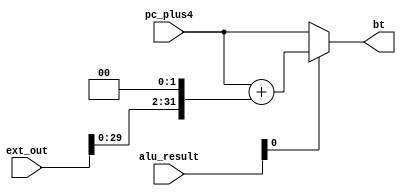
module BCTRL(alu_result, ext_out, pc_plus4, bt);

input [31:0] alu_result;
input [31:0] ext_out;
input [31:0] pc_plus4;
output reg[31:0] bt;

always@(*)begin
    if(alu_result[0] == 1'b0)begin
        bt <= pc_plus4;
    end
    else begin
        bt <= pc_plus4 + {ext_out[29:0], 2'b00};
    end
end

endmodule